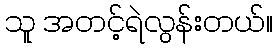
သူ အတင့်ရဲလွန်းတယ်။